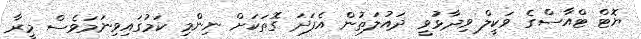
ޔޮޓް ޓްއާސްގެ ވަކީލް ވިދާޅުވީ ދައުލަތުން އެފަދަ ގޮތަކަށް ނިންމި ކަމުގައިވިނަމަވެސް މީރާ